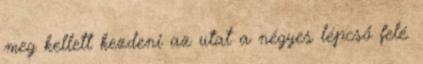
meg kellett kezdeni az utat a négyes lépcső felé.